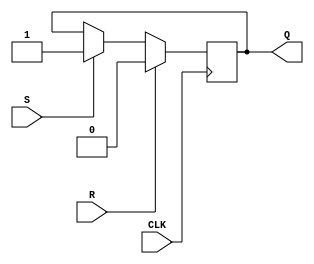
module sr_flipflop (
    input S, // Set input
    input R, // Reset input
    input CLK, // Clock input
    output reg Q // Output Q
);

always @(posedge CLK) begin
    if (R) Q <= 0; // Reset
    else if (S) Q <= 1; // Set
end

endmodule